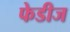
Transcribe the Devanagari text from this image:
फेडीज